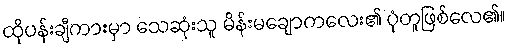
ထိုပန်းချီကားမှာ သေဆုံးသူ မိန်းမချောကလေး၏ ပုံတူဖြစ်လေ၏။